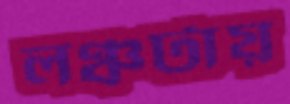
লঞ্চটায়